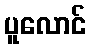
ပူလောင်